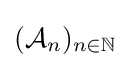
({\mathcal {A}}_{n})_{n\in \mathbb {N} }